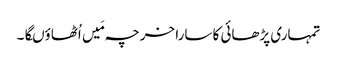
تمہاری پڑھائی کا سارا خرچہ مَیں اُٹھاؤںگا۔